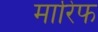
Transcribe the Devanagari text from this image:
मारिफ